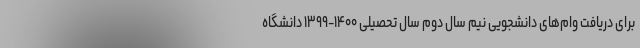
برای دریافت وام‌های دانشجویی نیم سال دوم سال تحصیلی ۱۴۰۰-۱۳۹۹ دانشگاه